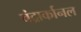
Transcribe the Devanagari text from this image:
चंद्रार्कानल